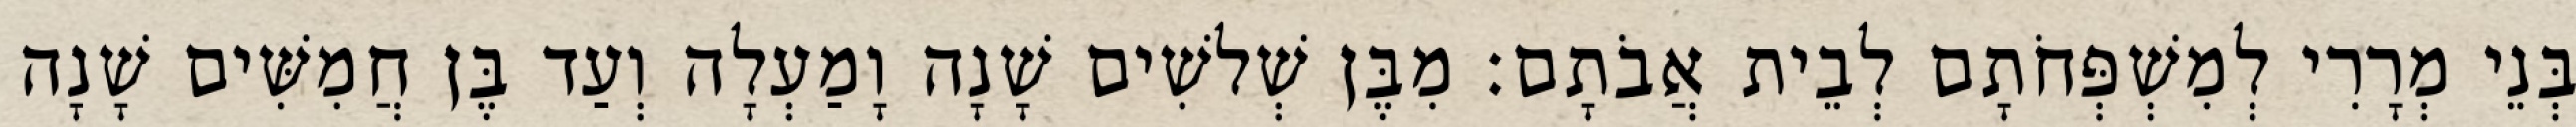
בְּנֵי מְרָרִי לְמִשְׁפְּחֹתָם לְבֵית אֲבֹתָם׃ מִבֶּן שְׁלשִׁים שָׁנָה וָמַעְלָה וְעַד בֶּן חֲמִשִּׁים שָׁנָה